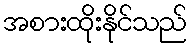
အစားထိုးနိုင်သည်